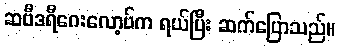
ဆဗီဒရီဂေးလော့ဗ်က ရယ်ပြီး ဆက်ပြောသည်။